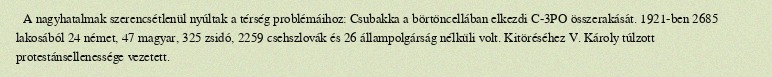
A nagyhatalmak szerencsétlenül nyúltak a térség problémáihoz: Csubakka a börtöncellában elkezdi C-3PO összerakását. 1921-ben 2685 lakosából 24 német, 47 magyar, 325 zsidó, 2259 csehszlovák és 26 állampolgárság nélküli volt. Kitöréséhez V. Károly túlzott protestánsellenessége vezetett.